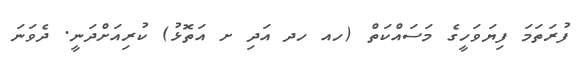
ފުރަތަމަ ފިޔަވަހީގެ މަސައްކަތް (ހއ ހދ އަދި ށ އަތޮޅު) ކުރިއަށްދަނީ. ދެވަނަ